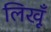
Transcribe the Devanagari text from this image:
लिखूँ